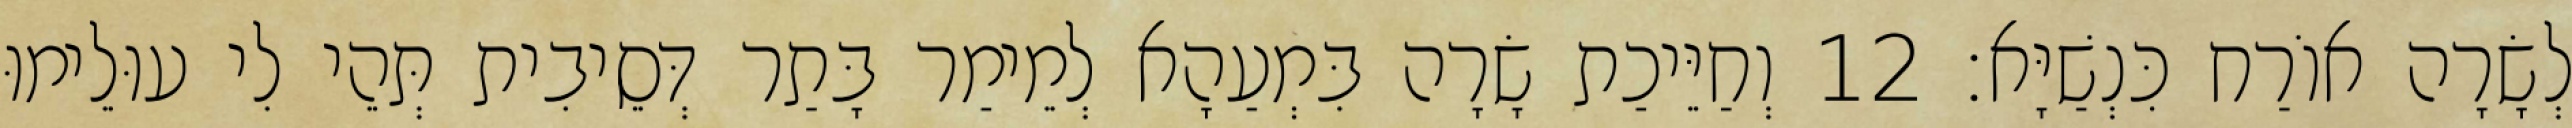
לְשָׂרָה אוֹרַח כִּנְשַׁיָּא׃ 12 וְחַיֵּיכַת שָׂרָה בִּמְעַהָא לְמֵימַר בָּתַר דְּסֵיבִית תְּהֵי לִי עוּלֵימוּ